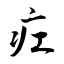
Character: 疘